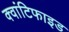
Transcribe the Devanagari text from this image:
क्वांटिफाइड